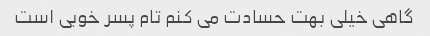
گاهی خیلی بهت حسادت می کنم تام پسر خوبی است